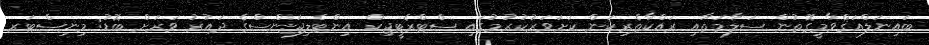
ބައިނަލްއަޤްވާމީގޮތުން ސަލާމަތާއި ރައްކާތެރިކަން ކަށަވަރުކުރުމުގައި ސްޓްރެޓީޖިކް އިންޓެލިޖަންސްގެ ދައުރު ވަރަށް ބޮޑު: މިނިސްޓަރ